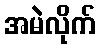
အမဲလိုက်